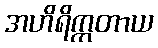
အဟိရိက္ကတာယ